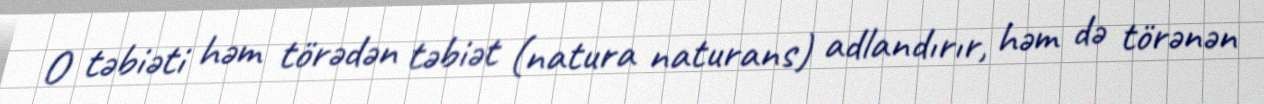
O təbiəti həm törədən təbiət (natura naturans) adlandırır, həm də törənən